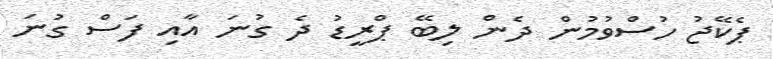
ޕެކޭޖު ހުސްވުމުން ދެން ލިބޭ ޕްރީޑު ދެ ގުނަ އާއި ފަސް ގުނަ